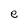
Character: e